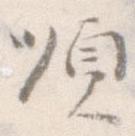
順